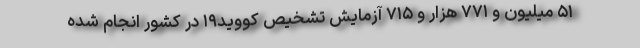
۵۱ میلیون و ۷۷۱ هزار و ۷۱۵ آزمایش تشخیص کووید۱۹ در کشور انجام شده